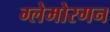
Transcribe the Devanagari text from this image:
ग्लेमोरगन